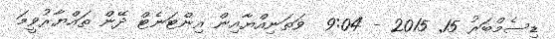
ޑިސެމްބަރު 15